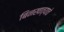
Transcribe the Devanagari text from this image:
बिनखात्याचे